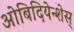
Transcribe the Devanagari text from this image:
ओबिदियेन्शेस्